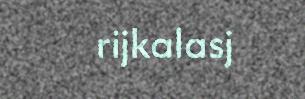
rijkalasj